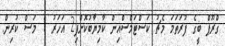
ގްރޫޕް ބީގެ ފުރަތަމަ މެޗު ކަސްޓަމްސްއިން ކާމިޔާބުކޮށްފި2 އަހަރު 1 މަސް ކުރިން.